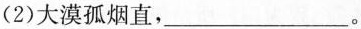
(2)大漠孤烟直，___。